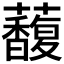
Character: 𧄦